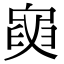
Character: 𦥺